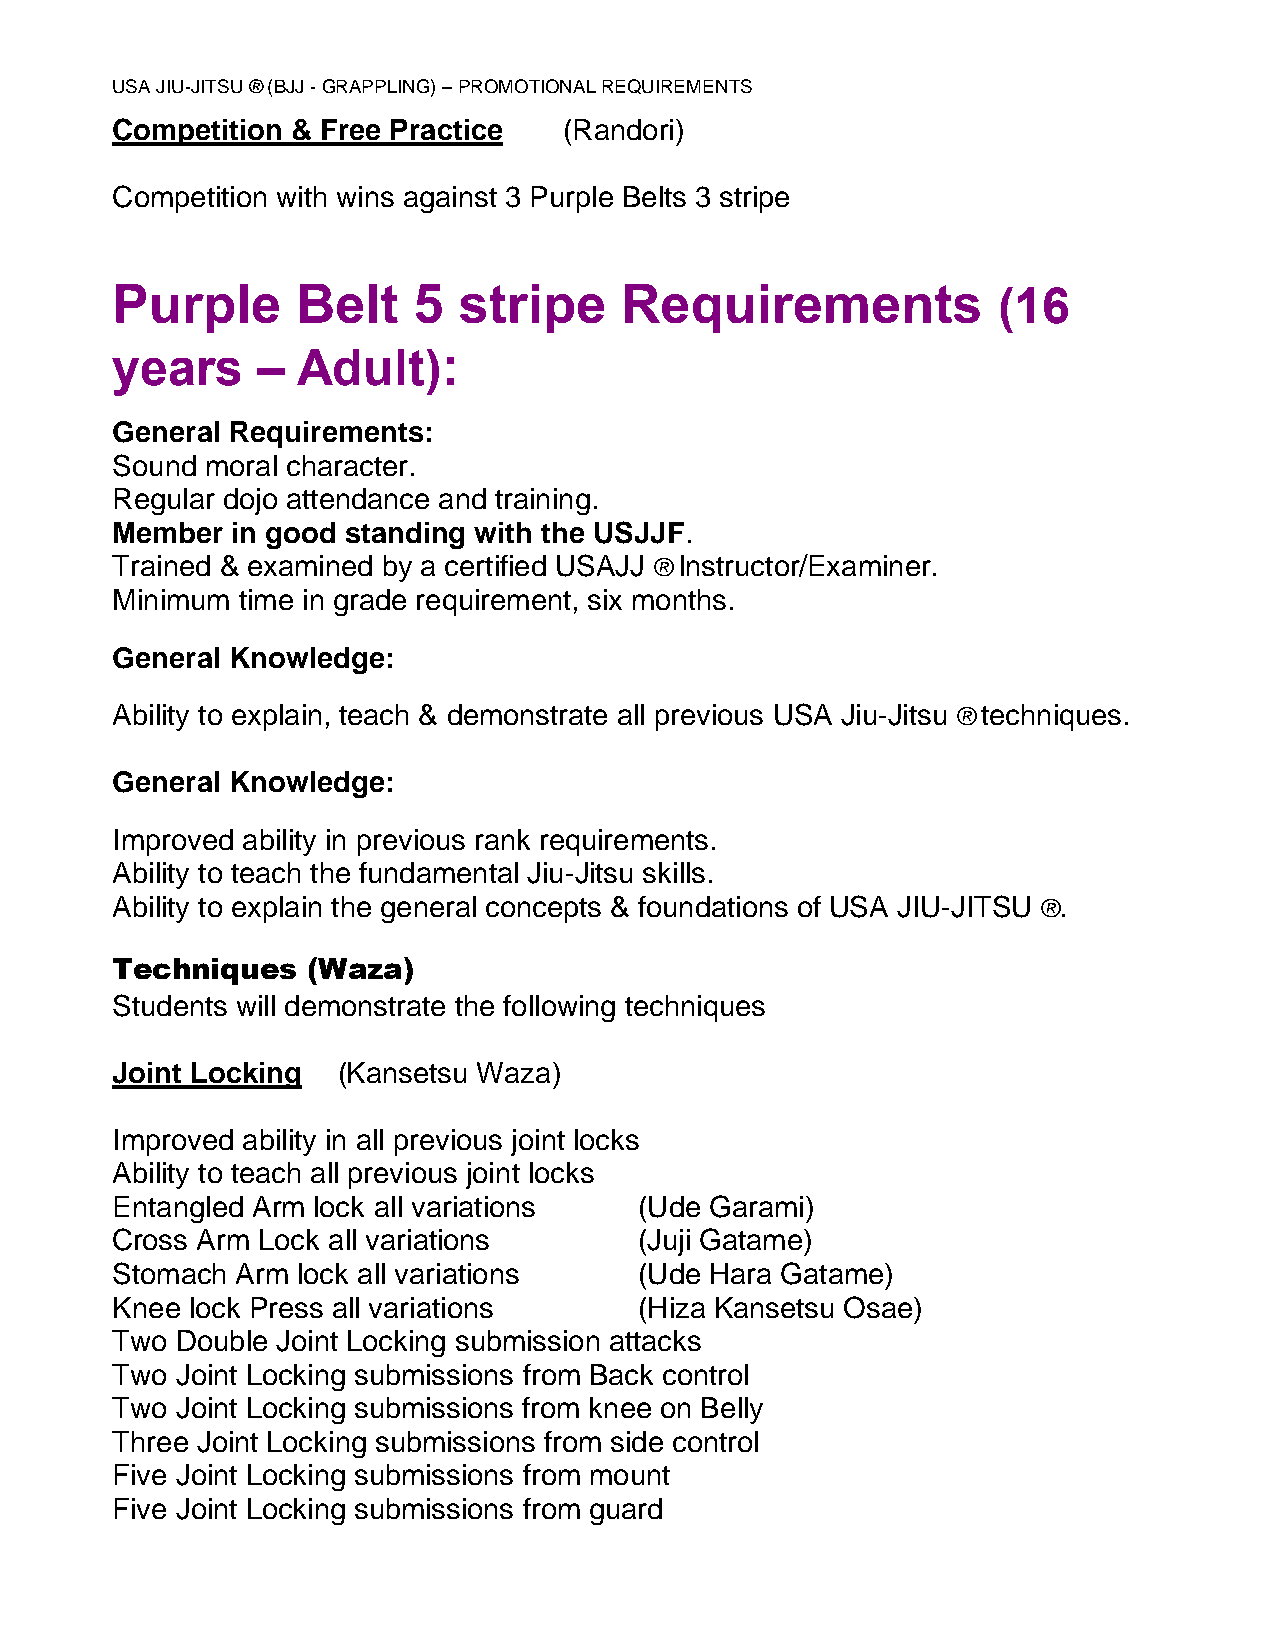
USA JIU-JITSU ® (BJJ - GRAPPLING) – PROMOTIONAL REQUIREMENTS
 Competition & Free Practice   (Randori)
 Competition with wins against 3 Purple Belts 3 stripe
 Purple       Belt   5  stripe     Requirements             (16
 years     –  Adult):
 General Requirements:
 Sound  moral character.
 Regular dojo attendance and training.
 Member  in good standing with the USJJF.
 Trained & examined by a certified USAJJ ® Instructor/Examiner.
 Minimum  time in grade requirement, six months.
 General Knowledge:
 Ability to explain, teach & demonstrate all previous USA Jiu-Jitsu ® techniques.
 General Knowledge:
 Improved ability in previous rank requirements.
 Ability to teach the fundamental Jiu-Jitsu skills.
 Ability to explain the general concepts & foundations of USA JIU-JITSU ®.
 Techniques   (Waza)
 Students will demonstrate the following techniques
 Joint Locking  (Kansetsu Waza)
 Improved ability in all previous joint locks
 Ability to teach all previous joint locks
 Entangled Arm lock all variations  (Ude Garami)
 Cross Arm Lock all variations      (Juji Gatame)
 Stomach  Arm lock all variations   (Ude Hara Gatame)
 Knee  lock Press all variations    (Hiza Kansetsu Osae)
 Two  Double Joint Locking submission attacks
 Two  Joint Locking submissions from Back control
 Two  Joint Locking submissions from knee on Belly
 Three Joint Locking submissions from side control
 Five Joint Locking submissions from mount
 Five Joint Locking submissions from guard